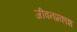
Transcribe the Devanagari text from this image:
जीवनप्रकाश